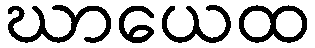
ဃာယေထ